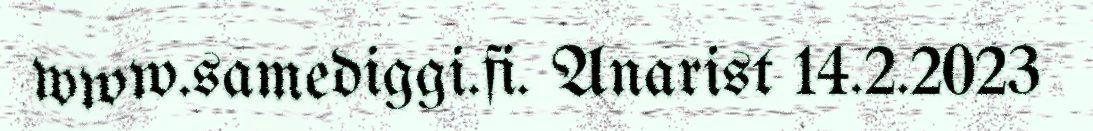
www.samediggi.fi. Anarist 14.2.2023